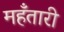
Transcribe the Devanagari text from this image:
महँतारी